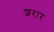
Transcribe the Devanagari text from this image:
शरार